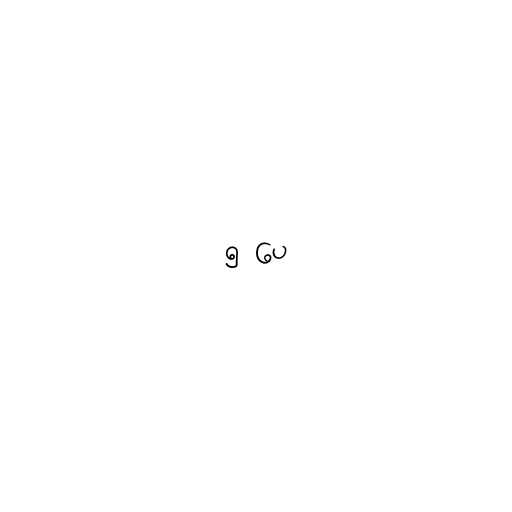
၅ ပေ